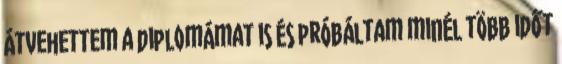
átvehettem a diplomámat is és próbáltam minél több időt